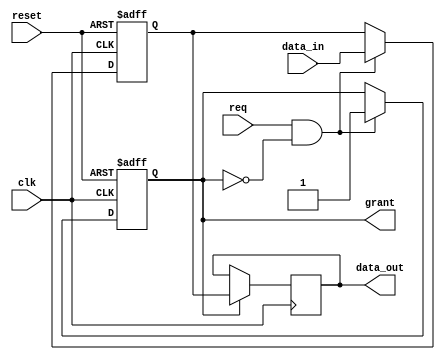
module serial_arbiter (
    input wire clk,
    input wire reset,
    input wire [7:0] data_in,
    input wire req,
    output reg grant,
    output reg [7:0] data_out
);

reg [7:0] buffer;

always @(posedge clk or posedge reset) begin
    if (reset) begin
        buffer <= 8'b0;
        grant <= 1'b0;
    end else begin
        if (req && grant == 0) begin
            buffer <= data_in;
            grant <= 1'b1;
        end
    end
end

always @(posedge clk) begin
    if (grant) begin
        data_out <= buffer;
    end
end

endmodule